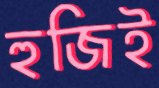
হুজিই